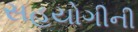
સહયોગીની